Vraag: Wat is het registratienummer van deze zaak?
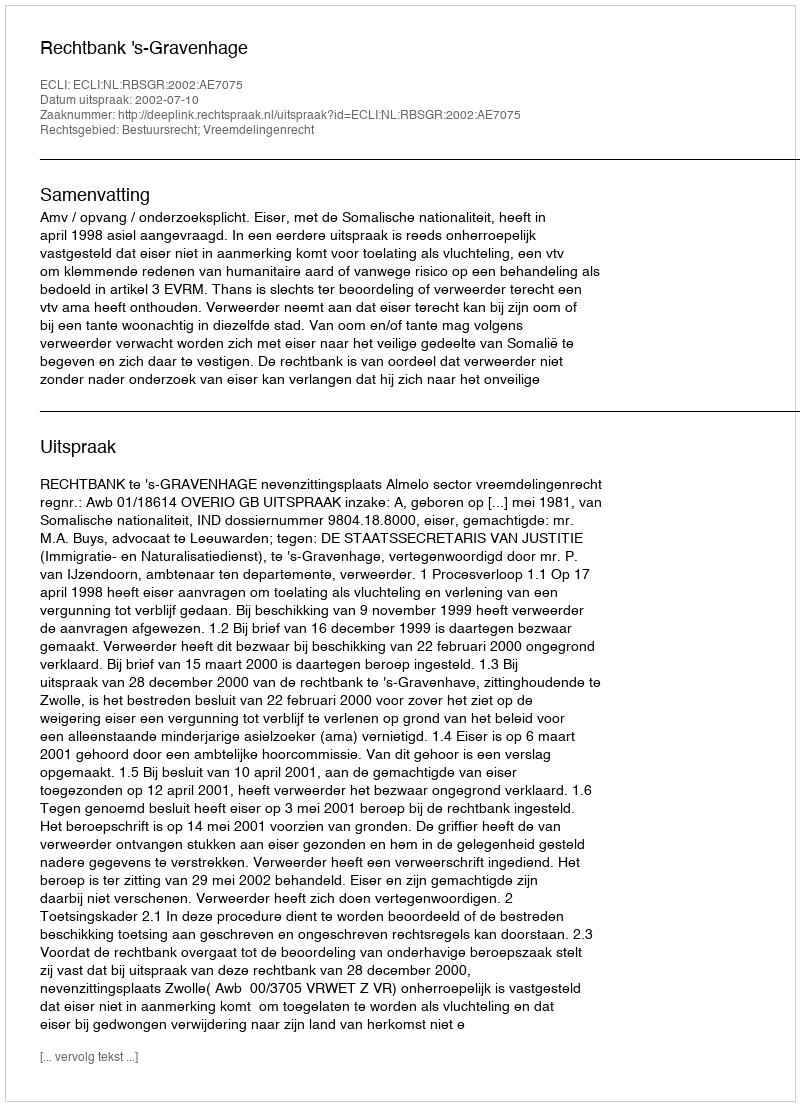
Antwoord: http://deeplink.rechtspraak.nl/uitspraak?id=ECLI:NL:RBSGR:2002:AE7075